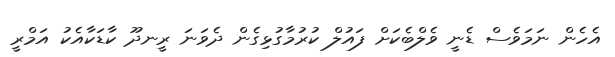
އެހެން ނަމަވެސް ޑެނީ ވެލްބެކަަށް ފައުލް ކުރުމާގުޅިގެން ދެވަނަ ރީނދޫ ކާޑަކާއެކު އަމްރީ